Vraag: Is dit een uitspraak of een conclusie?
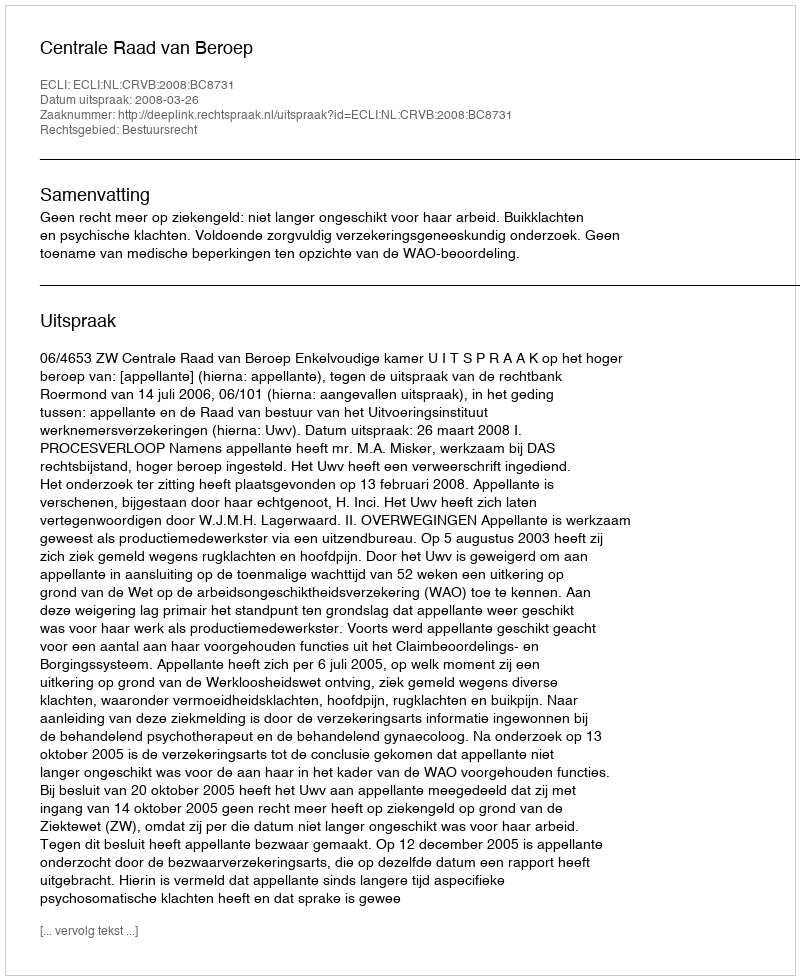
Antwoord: Uitspraak